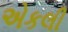
એકલી